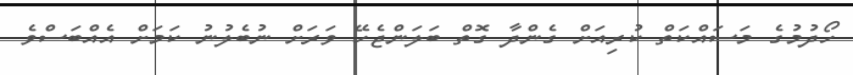
ހޯދުމުގެ މަސައްކަތް ކުރިއަށް ގެންދާ ގޮތް ބަލަންޖެހޭ ވަރަށް ނުބެލުނު ކަމަށް އެއްބަސްވެ